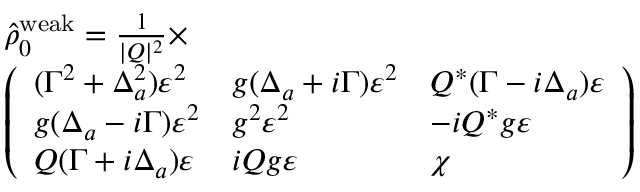
\begin{array} { r l } & { \hat { \rho } _ { 0 } ^ { \mathrm { w e a k } } = \frac { 1 } { | Q | ^ { 2 } } \times } \\ & { \left( \begin{array} { l l l } { ( \Gamma ^ { 2 } + \Delta _ { a } ^ { 2 } ) \varepsilon ^ { 2 } } & { g ( \Delta _ { a } + i \Gamma ) \varepsilon ^ { 2 } } & { Q ^ { * } ( \Gamma - i \Delta _ { a } ) \varepsilon } \\ { g ( \Delta _ { a } - i \Gamma ) \varepsilon ^ { 2 } } & { g ^ { 2 } \varepsilon ^ { 2 } } & { - i Q ^ { * } g \varepsilon } \\ { Q ( \Gamma + i \Delta _ { a } ) \varepsilon } & { i Q g \varepsilon } & { \chi } \end{array} \right) } \end{array}